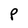
Character: P